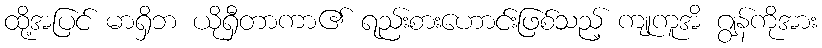
ထို့အပြင် မာရှိဘ ယိုရှီတာကာ၏ ရည်းစားဟောင်းဖြစ်သည့် ကျုကူအိ ဂျွန်ကိုအား